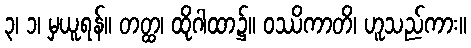
၃၊ ၁၊ မှယူရန်။ တတ္ထ၊ ထိုဂါထာ၌။ ဝဿိကာတိ၊ ဟူသည်ကား။